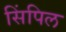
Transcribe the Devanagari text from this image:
सिंपिल